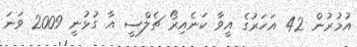
އުމުރުން 42 އަހަރުގެ އީވާ ކަނެއިރޯ ޗެލްސީ އާ ގުޅުނީ 2009 ވަނަ